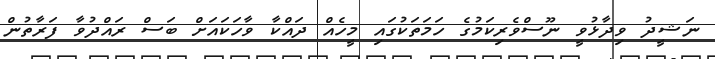
ނަޝީދު ވިދާޅުވީ ނޫސްވެރިކަމުގެ ހަމަތަކުގައި މީހެއް ދައްކާ ވާހަކައަށް ބަސް ރައްދުވާ ފަރާތުން